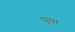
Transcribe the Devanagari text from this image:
थूया